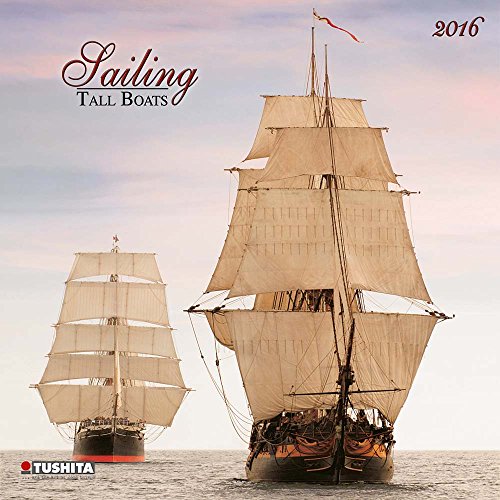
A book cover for Sailing Tall Boats (160326) (English, Spanish, French, Italian and German Edition); Tushita; Calendars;